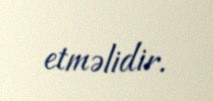
etməlidir.